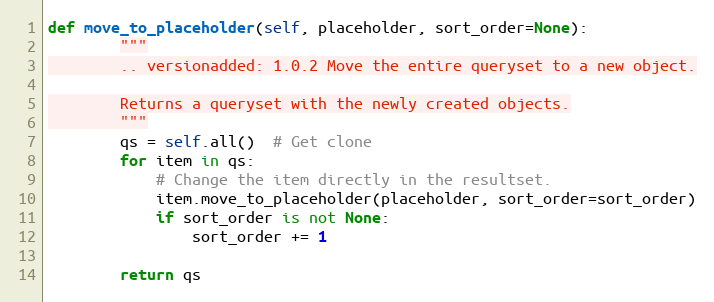
Language: Python
def move_to_placeholder(self, placeholder, sort_order=None):
        """
        .. versionadded: 1.0.2 Move the entire queryset to a new object.

        Returns a queryset with the newly created objects.
        """
        qs = self.all()  # Get clone
        for item in qs:
            # Change the item directly in the resultset.
            item.move_to_placeholder(placeholder, sort_order=sort_order)
            if sort_order is not None:
                sort_order += 1

        return qs